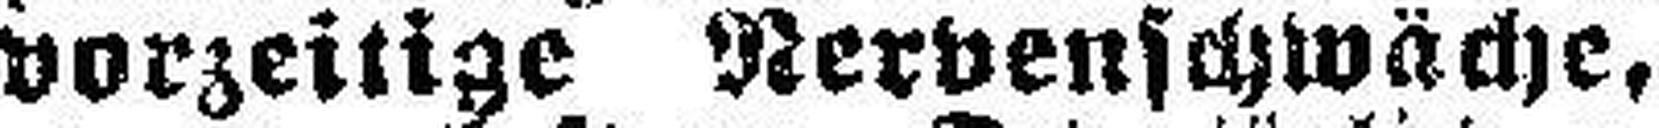
vorzeitige Nervenschwäche,